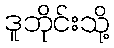
ဒူဘိုင်းသို့